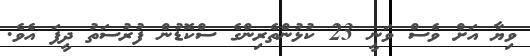
ވިޔާ އަށް ވެސް ވަނީ 23 ކުޅުންތެރިންގެ ސްކޮޑުން ފުރުސަތު ދީފަ އެވެ.